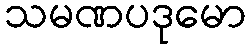
သမဏပဒုမော